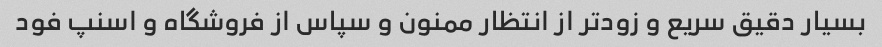
بسیار دقیق سریع و زودتر از انتظار ممنون و سپاس از فروشگاه و اسنپ فود